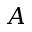
A